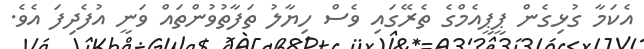
އެކަމާ ގުޅިގެން ޕީޕީއެމްގެ ތެރޭގައި ވެސް ހިޔާލު ތަފާތުވުންތައް ވަނީ އުފެދިފަ އެވެ.